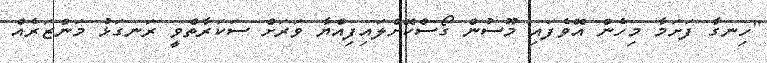
"ހިނގާ ފަށަމާ މިހެން އޮވެފައި މޫސުން ގޯސްކޮށްލައިފިއްޔާ ވަރަށް ސަކަރާތްވީ ރަނގަޅު މަންޒަރެއް